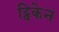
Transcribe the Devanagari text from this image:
ट्विकेन